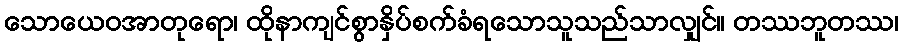
သောယေဝအာတုရော၊ ထိုနာကျင်စွာနှိပ်စက်ခံရသောသူသည်သာလျှင်။ တဿဘူတဿ၊